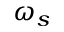
\omega _ { s }